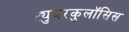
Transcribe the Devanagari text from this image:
ट्युबरकुलॉसिस